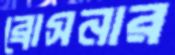
ব্রোসনার